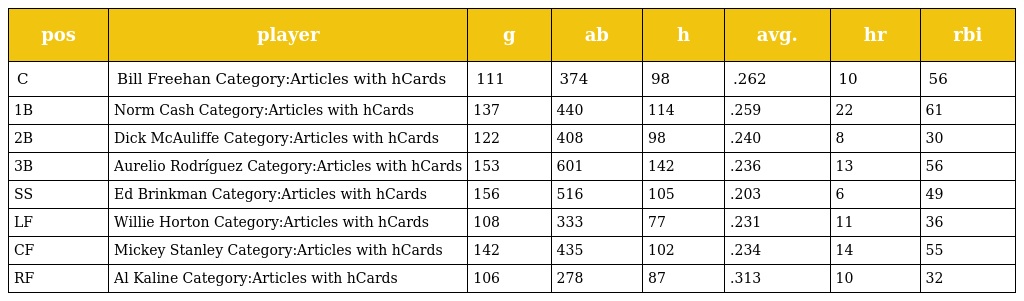
| pos | player | g | ab | h | avg. | hr | rbi |
 | --- | --- | --- | --- | --- | --- | --- | --- |
 | C | Bill Freehan Category:Articles with hCards | 111 | 374 | 98 | .262 | 10 | 56 |
 | 1B | Norm Cash Category:Articles with hCards | 137 | 440 | 114 | .259 | 22 | 61 |
 | 2B | Dick McAuliffe Category:Articles with hCards | 122 | 408 | 98 | .240 | 8 | 30 |
 | 3B | Aurelio Rodríguez Category:Articles with hCards | 153 | 601 | 142 | .236 | 13 | 56 |
 | SS | Ed Brinkman Category:Articles with hCards | 156 | 516 | 105 | .203 | 6 | 49 |
 | LF | Willie Horton Category:Articles with hCards | 108 | 333 | 77 | .231 | 11 | 36 |
 | CF | Mickey Stanley Category:Articles with hCards | 142 | 435 | 102 | .234 | 14 | 55 |
 | RF | Al Kaline Category:Articles with hCards | 106 | 278 | 87 | .313 | 10 | 32 |